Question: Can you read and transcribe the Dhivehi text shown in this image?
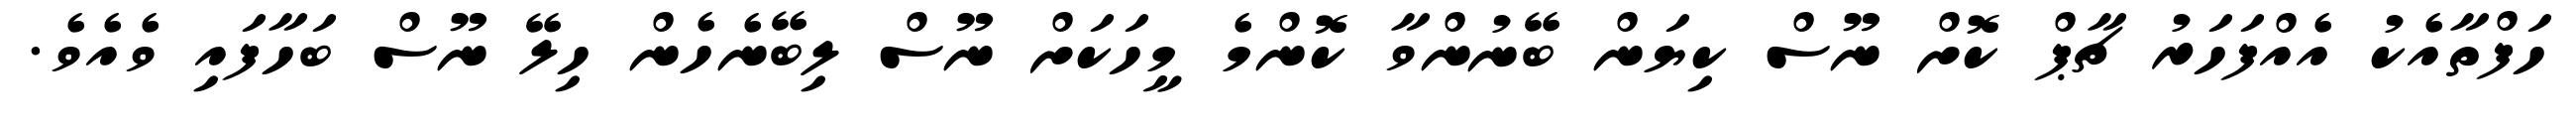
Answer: ހަފްތާއެކު އެއްފަހަރު ޗާޕް ކޮށް ނޫސް ކިޔަން ބޭނުންވާ ކޮންމެ މީހަކަށް ނޫސް ލިބޭނެހެން ހިލޭ ނޫސް ބަހާފައި ވެއެވެ.